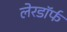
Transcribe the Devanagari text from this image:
लेरडॉर्फ